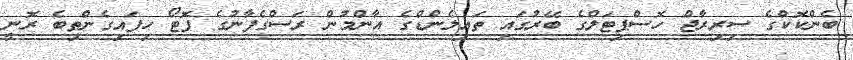
ބެންކޮކްގެ ސިރިރާޖް ހޮސްޕިޓަލްގެ ބޭރުގައި ތައިލެންޑްގެ އާންމުން ރަސްގެފާނުގެ ފޮޓޯ ހިފައިގެންތިބެ ރޮނީ